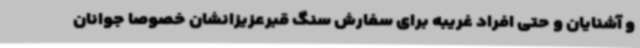
و آشنایان و حتی افراد غریبه برای سفارش سنگ قبرعزیزانشان خصوصا جوانان